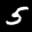
Label: 5